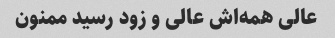
عالی همه‌اش عالی و زود رسید ممنون